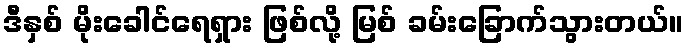
ဒီနှစ် မိုးခေါင်ရေရှား ဖြစ်လို့ မြစ် ခမ်းခြောက်သွားတယ်။